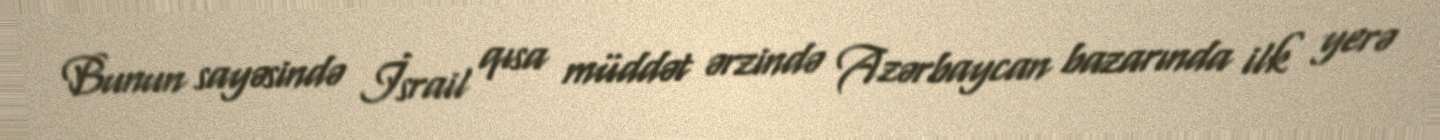
Bunun sayəsində İsrail qısa müddət ərzində Azərbaycan bazarında ilk yerə